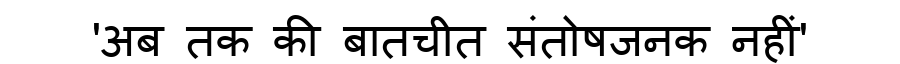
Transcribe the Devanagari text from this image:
'अब तक की बातचीत संतोषजनक नहीं'